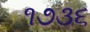
૧૭૩૬